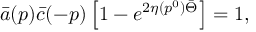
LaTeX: \bar { a } ( p ) \bar { c } ( - p ) \left[ 1 - e ^ { 2 \eta ( p ^ { 0 } ) \bar { \Theta } } \right] = 1 ,